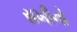
સખીનો